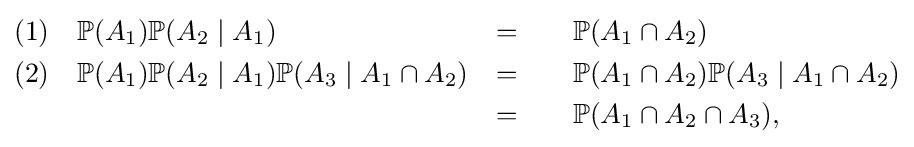
{\begin{aligned}(1)&&&\mathbb {P} (A_{1})\mathbb {P} (A_{2}\mid A_{1})&=&\qquad \mathbb {P} (A_{1}\cap A_{2})\\(2)&&&\mathbb {P} (A_{1})\mathbb {P} (A_{2}\mid A_{1})\mathbb {P} (A_{3}\mid A_{1}\cap A_{2})&=&\qquad \mathbb {P} (A_{1}\cap A_{2})\mathbb {P} (A_{3}\mid A_{1}\cap A_{2})\\&&&&=&\qquad \mathbb {P} (A_{1}\cap A_{2}\cap A_{3}),\end{aligned}}